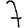
Digit: 7